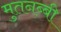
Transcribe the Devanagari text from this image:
मुतनब्बी